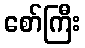
စော်ကြီး